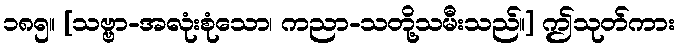
၁၈၅။ [သဗ္ဗာ-အလုံးစုံသော၊ ကညာ-သတို့သမီးသည်။] ဤသုတ်ကား